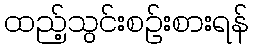
ထည့်သွင်းစဉ်းစားရန်